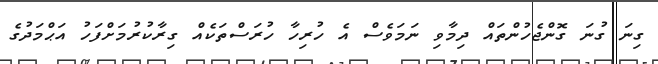
ގިނަ ގުނަ ގޮންޖެހުންތައް ދިމާވި ނަމަވެސް އެ ހުރިހާ ހުރަސްތަކެއް ގިރާކުރުމަށްފަހު އަޙްމަދުގެ